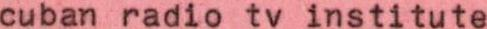
cuban radio tv institute